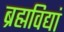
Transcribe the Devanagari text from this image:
ब्रह्मविद्यां